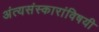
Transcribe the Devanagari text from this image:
अंत्यसंस्कारांविषयी